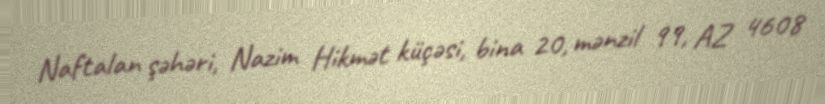
Naftalan şəhəri, Nazim Hikmət küçəsi, bina 20, mənzil 99, AZ 4608